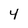
Character: 4